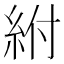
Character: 紨